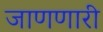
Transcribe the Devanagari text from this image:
जाणणारी